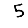
Digit: 5